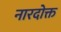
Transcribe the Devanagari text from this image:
नारदोक्त